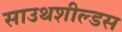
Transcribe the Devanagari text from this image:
साउथशील्डस